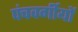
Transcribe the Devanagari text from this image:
पंचवर्गीयों